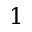
1